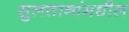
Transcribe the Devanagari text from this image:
सुलतानांमधील